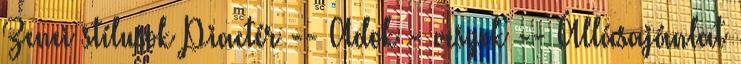
Zenei stílusok Piactér -- Adok - veszek -- Állásajánlat